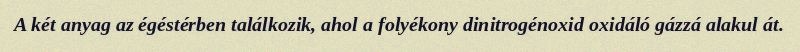
A két anyag az égéstérben találkozik, ahol a folyékony dinitrogénoxid oxidáló gázzá alakul át.